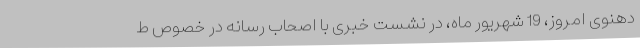
دهنوی امروز، 19 شهریور ماه، در نشست خبری با اصحاب رسانه در خصوص ط